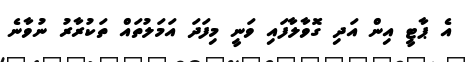
އެ ޕާޓީ އިން އަދި ގޮވާލާފައި ވަނީ މިފަދަ އަމަލުތައް ތަކުރާރު ނުވާނެ